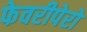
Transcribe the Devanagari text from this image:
फेवरीपेरो